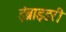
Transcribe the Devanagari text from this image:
इंब्राइडरी